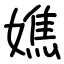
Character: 嫶